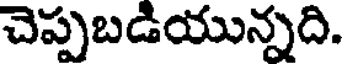
చెప్పబడియున్నది.